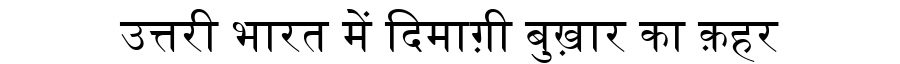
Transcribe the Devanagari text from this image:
उत्तरी भारत में दिमाग़ी बुख़ार का क़हर